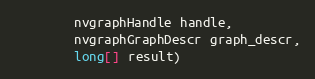
Language: Java
        nvgraphHandle handle,
        nvgraphGraphDescr graph_descr,
        long[] result)